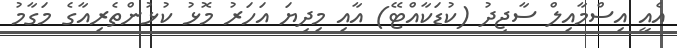
އެއީ އިސްމާއިލް ސާޖިދު (ކުޑަކާއްޓޭ) އާއި މިދިޔަ އަހަރު މޮޅު ކުޅުންތެރިއާގެ މަގާމު